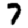
Digit: 7